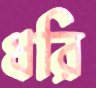
ধরি